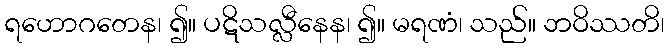
ရဟောဂတေန၊ ၍။ ပဋိသလ္လီနေန၊ ၍။ မရဏံ၊ သည်။ ဘဝိဿတိ၊